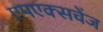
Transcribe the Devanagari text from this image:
एपएक्सचेंज